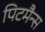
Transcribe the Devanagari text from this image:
पिटमैन्स